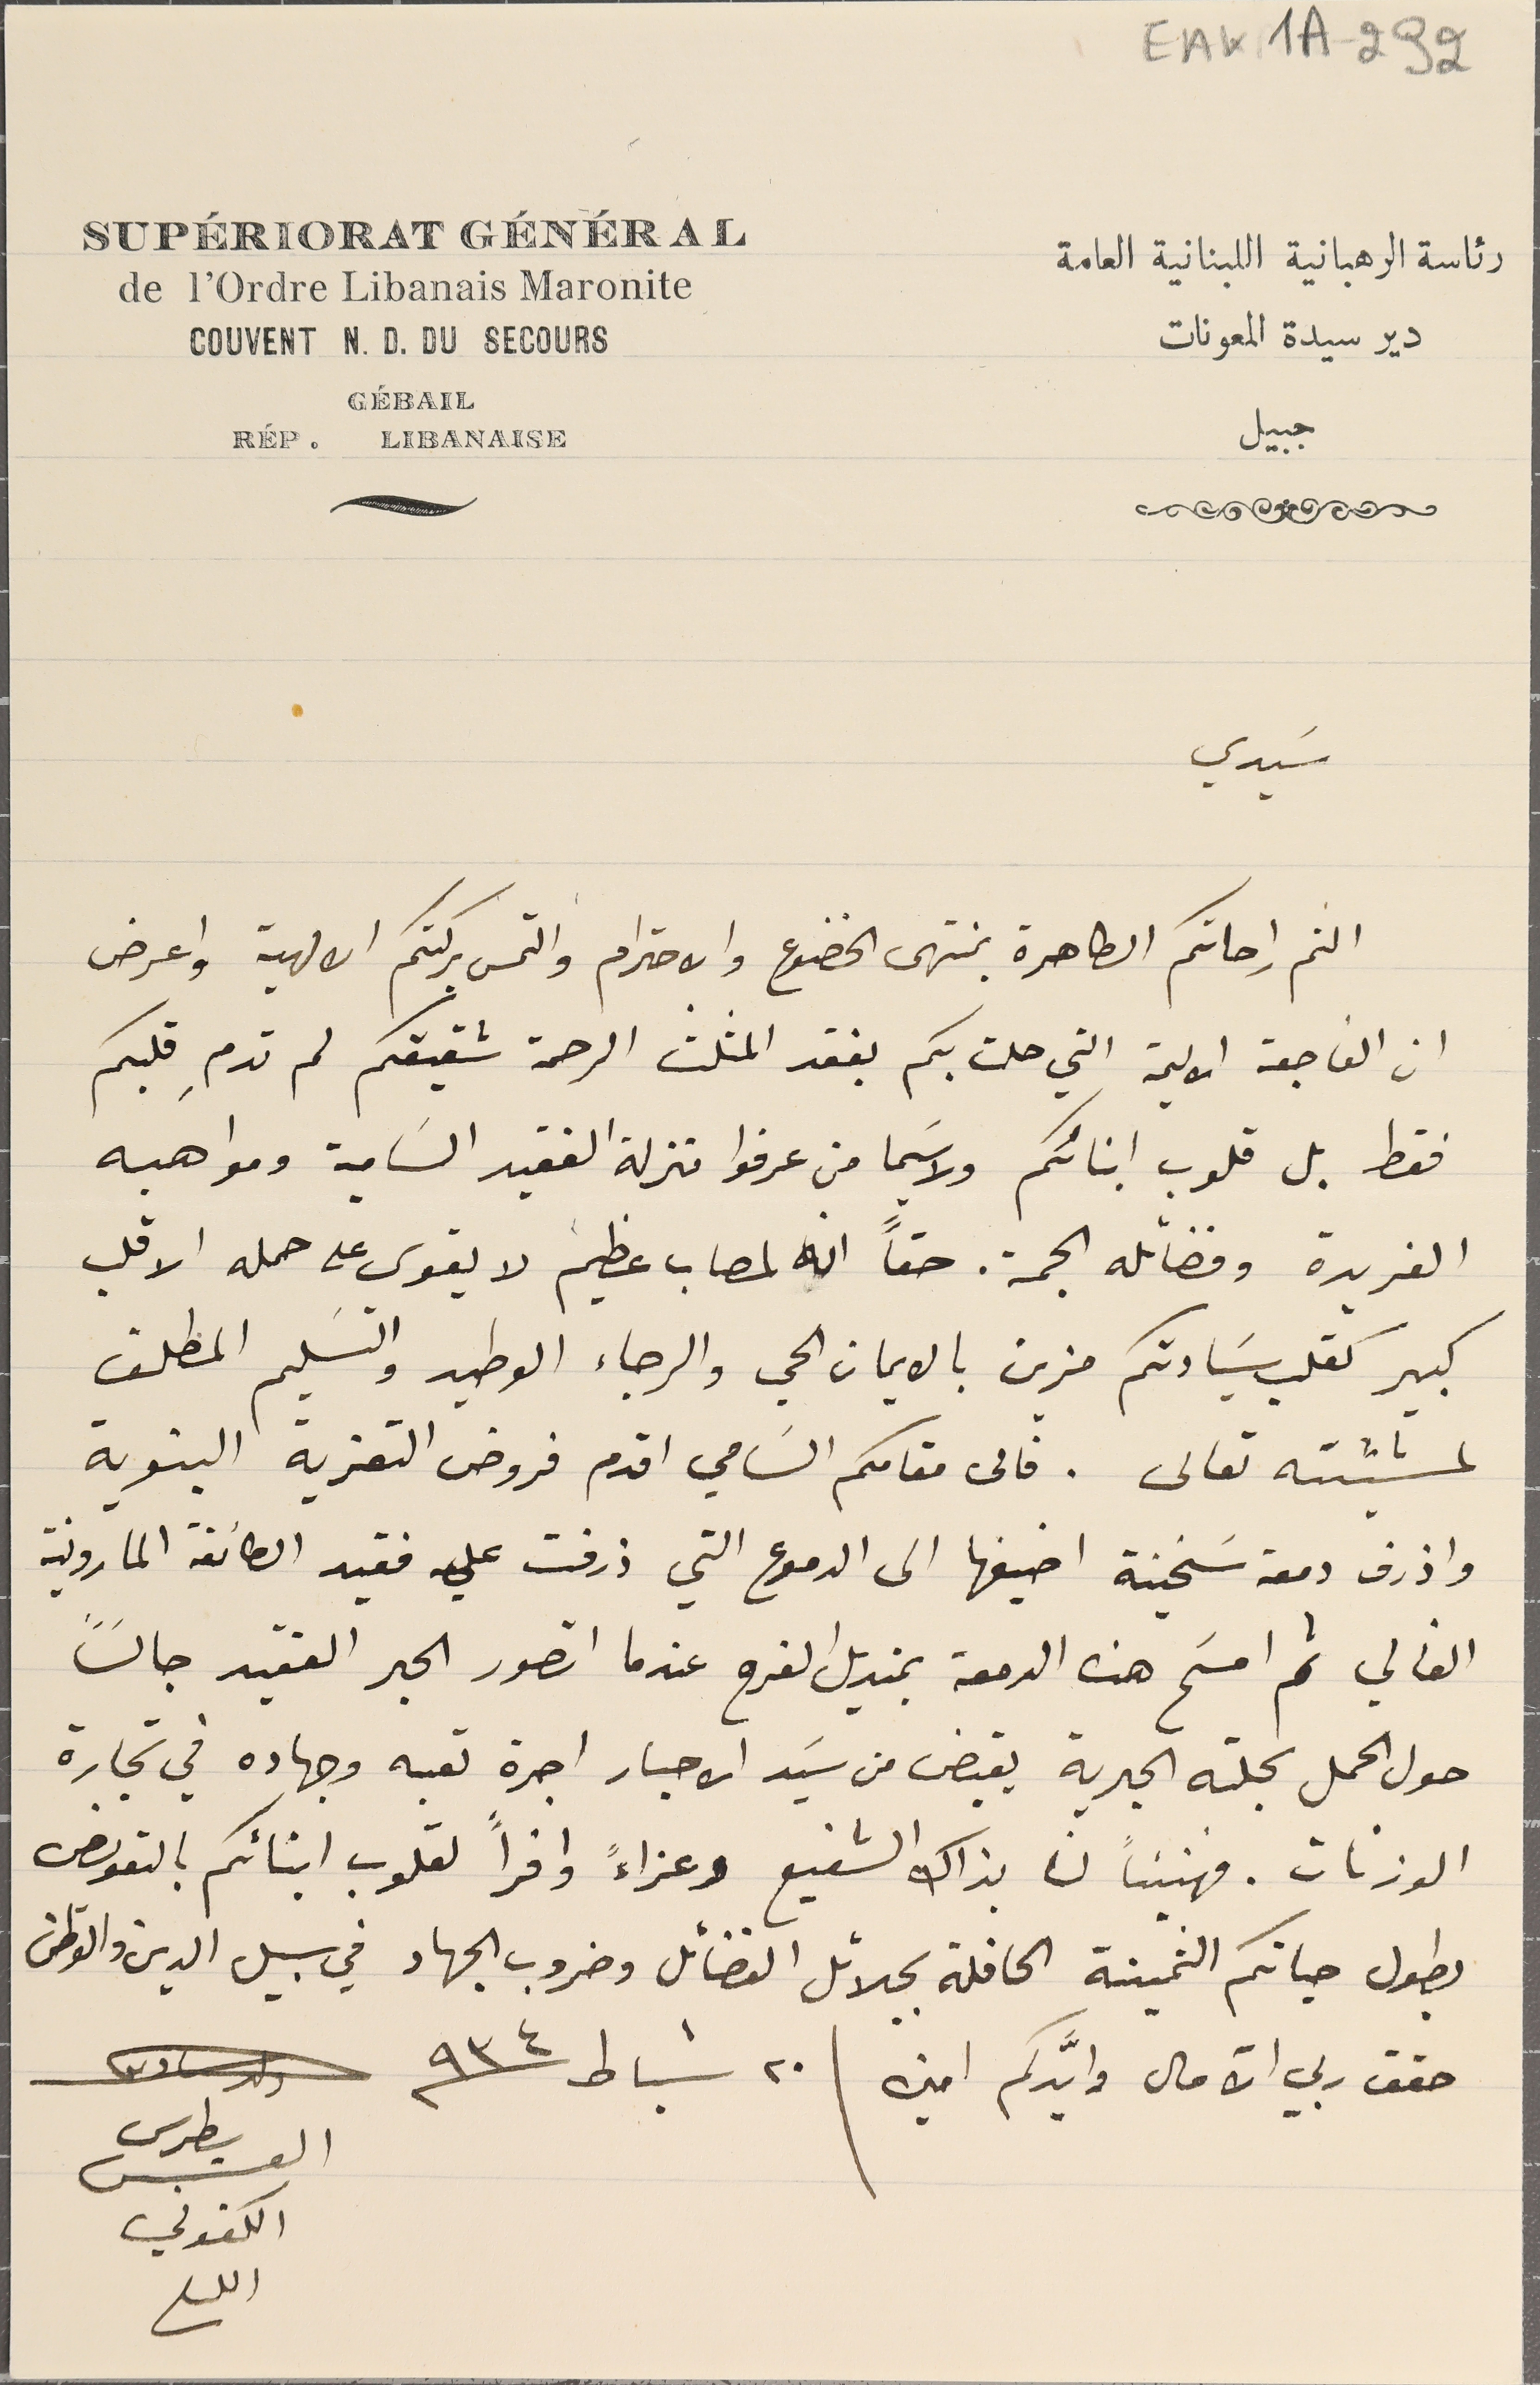
EAKA - 292
رئاسة الرهبانية اللبنانية العامة
de L'Ordre Libanais Maronite
COUVENT N.D. DU SECOURS
GÉBAIL
سَيدي
الثم راحاتكم الطاهرة بمنتهى الخضوع والاحترام والتمس بركتكم الالهية واعرض
ان الفاجعة الاليمة التي حلت بكم بفقد المثلث الرحمة شقيقكم لم تدمِ قلبكم
فقط بل قلوب ابنائكم ولا سَيما من عرفوا منزلة الفقيد السَامية ومواهبه
الفريدة وفضائله الجمة. حقاً انه لمصاب عظيم لا يقوى على حمله الا قلب
كبير كقلب سَيادتكم مزين بالايمان الحي والرجاء الوطيد والتسَليم المطلق
لمشيئته تعالى. فالى مقامكم السَامي اقدم فروض التعزية البنوية
واذرف دمعة سَخينة اضيفها الى الدموع التي ذرفت علي فقيد الطائفة المارونية
الغالي ثم امسَح هذه الدمعة بمنديل الفرح عندما اتصور الحبر الفقيد جالساً
حول الحمل بجلته الحبرية يقبض من سَيد الاحبار اجرة تعبه وجهاده في تجارة
الوزنات. فهنيئاً لنا بذاك الشفيع وعزاءً وافراً لقلوب ابنائكم بالتعويض
بطول حياتكم الثمينة الحافلة بجلائل الفضائل وضروب الجهاد في سبيل الدين والوطن
حقق ربي الآمال وايَّدكم امين | ٢٠ شباط ٩٣٤
دير سيدة المعونات
جبيل
بطرس
القس
الكفوني
RÉP. LIBANAISE
SUPÉRIORAT GÉNÉRAL